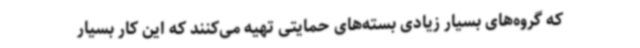
که گروه‌های بسیار زیادی بسته‌های حمایتی تهیه می‌کنند که این کار بسیار